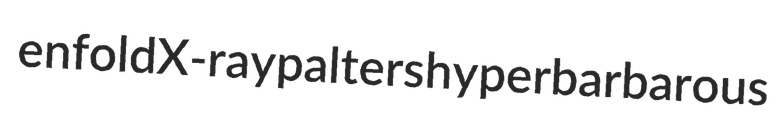
enfold X-ray palters hyperbarbarous